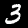
Digit: 3